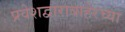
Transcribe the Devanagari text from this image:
प्रवेशद्वाराबाहेरच्या